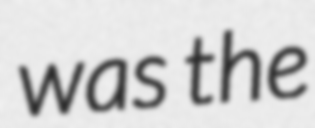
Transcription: was the